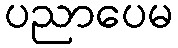
ပညာပေမ